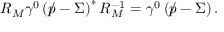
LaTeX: { \cal R } _ { \cal M } \gamma ^ { 0 } \left( \rlap \slash p - \Sigma \right) ^ { * } { \cal R } _ { \cal M } ^ { - 1 } = \gamma ^ { 0 } \left( \rlap \slash p - \Sigma \right) .